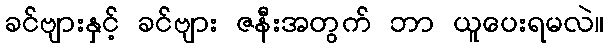
ခင်ဗျားနှင့် ခင်ဗျား ဇနီးအတွက် ဘာ ယူပေးရမလဲ။